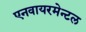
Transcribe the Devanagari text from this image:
एनवायरमेन्टल